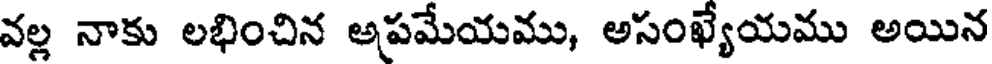
వల్ల నాకు లభించిన అపమేయము, అసంఖ్యేయము అయిన